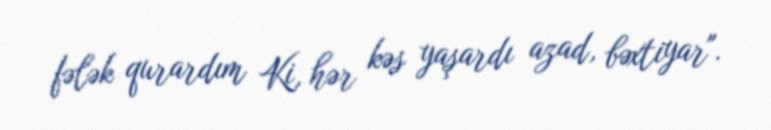
fələk qurardım Ki, hər kəs yaşardı azad, bəxtiyar".